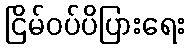
ငြိမ်ဝပ်ပိပြားရေး